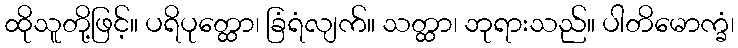
ထိုသူတို့ဖြင့်။ ပရိပုတ္ထော၊ ခြံရံလျက်။ သတ္ထာ၊ ဘုရားသည်။ ပါတိမောက္ခံ၊